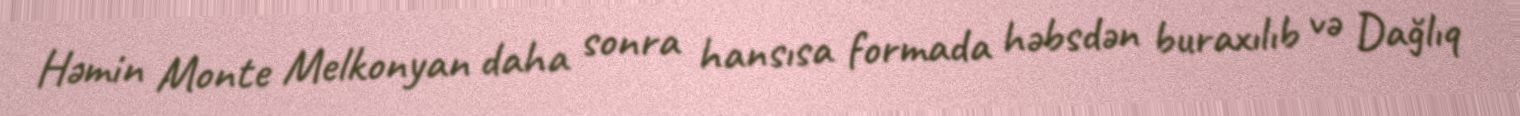
Həmin Monte Melkonyan daha sonra hansısa formada həbsdən buraxılıb və Dağlıq